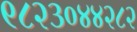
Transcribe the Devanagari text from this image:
९८२३०४४२८२